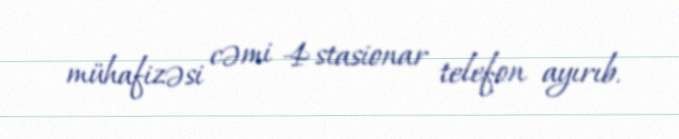
mühafizəsi cəmi 4 stasionar telefon ayırıb.